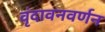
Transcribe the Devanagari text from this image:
वृंदावनवर्णन